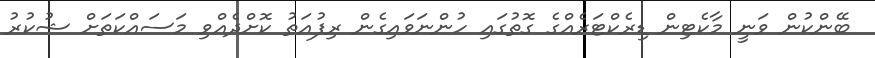
ބޭންކުން ވަނީ މާކެޓިން ޑިރެކްޓަރެއްގެ ގޮތުގައި ހުންނަވައިގެން ރިފުއަތު ކޮށްދެއްވި މަސައްކަތަށް ޝުކުރު